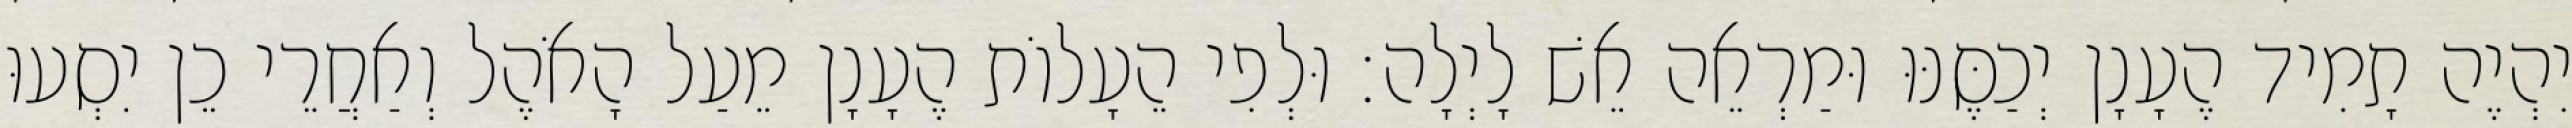
יִהְיֶה תָמִיד הֶעָנָן יְכַסֶּנּוּ וּמַרְאֵה אֵשׁ לָיְלָה׃ וּלְפִי הֵעָלוֹת הֶעָנָן מֵעַל הָאֹהֶל וְאַחֲרֵי כֵן יִסְעוּ